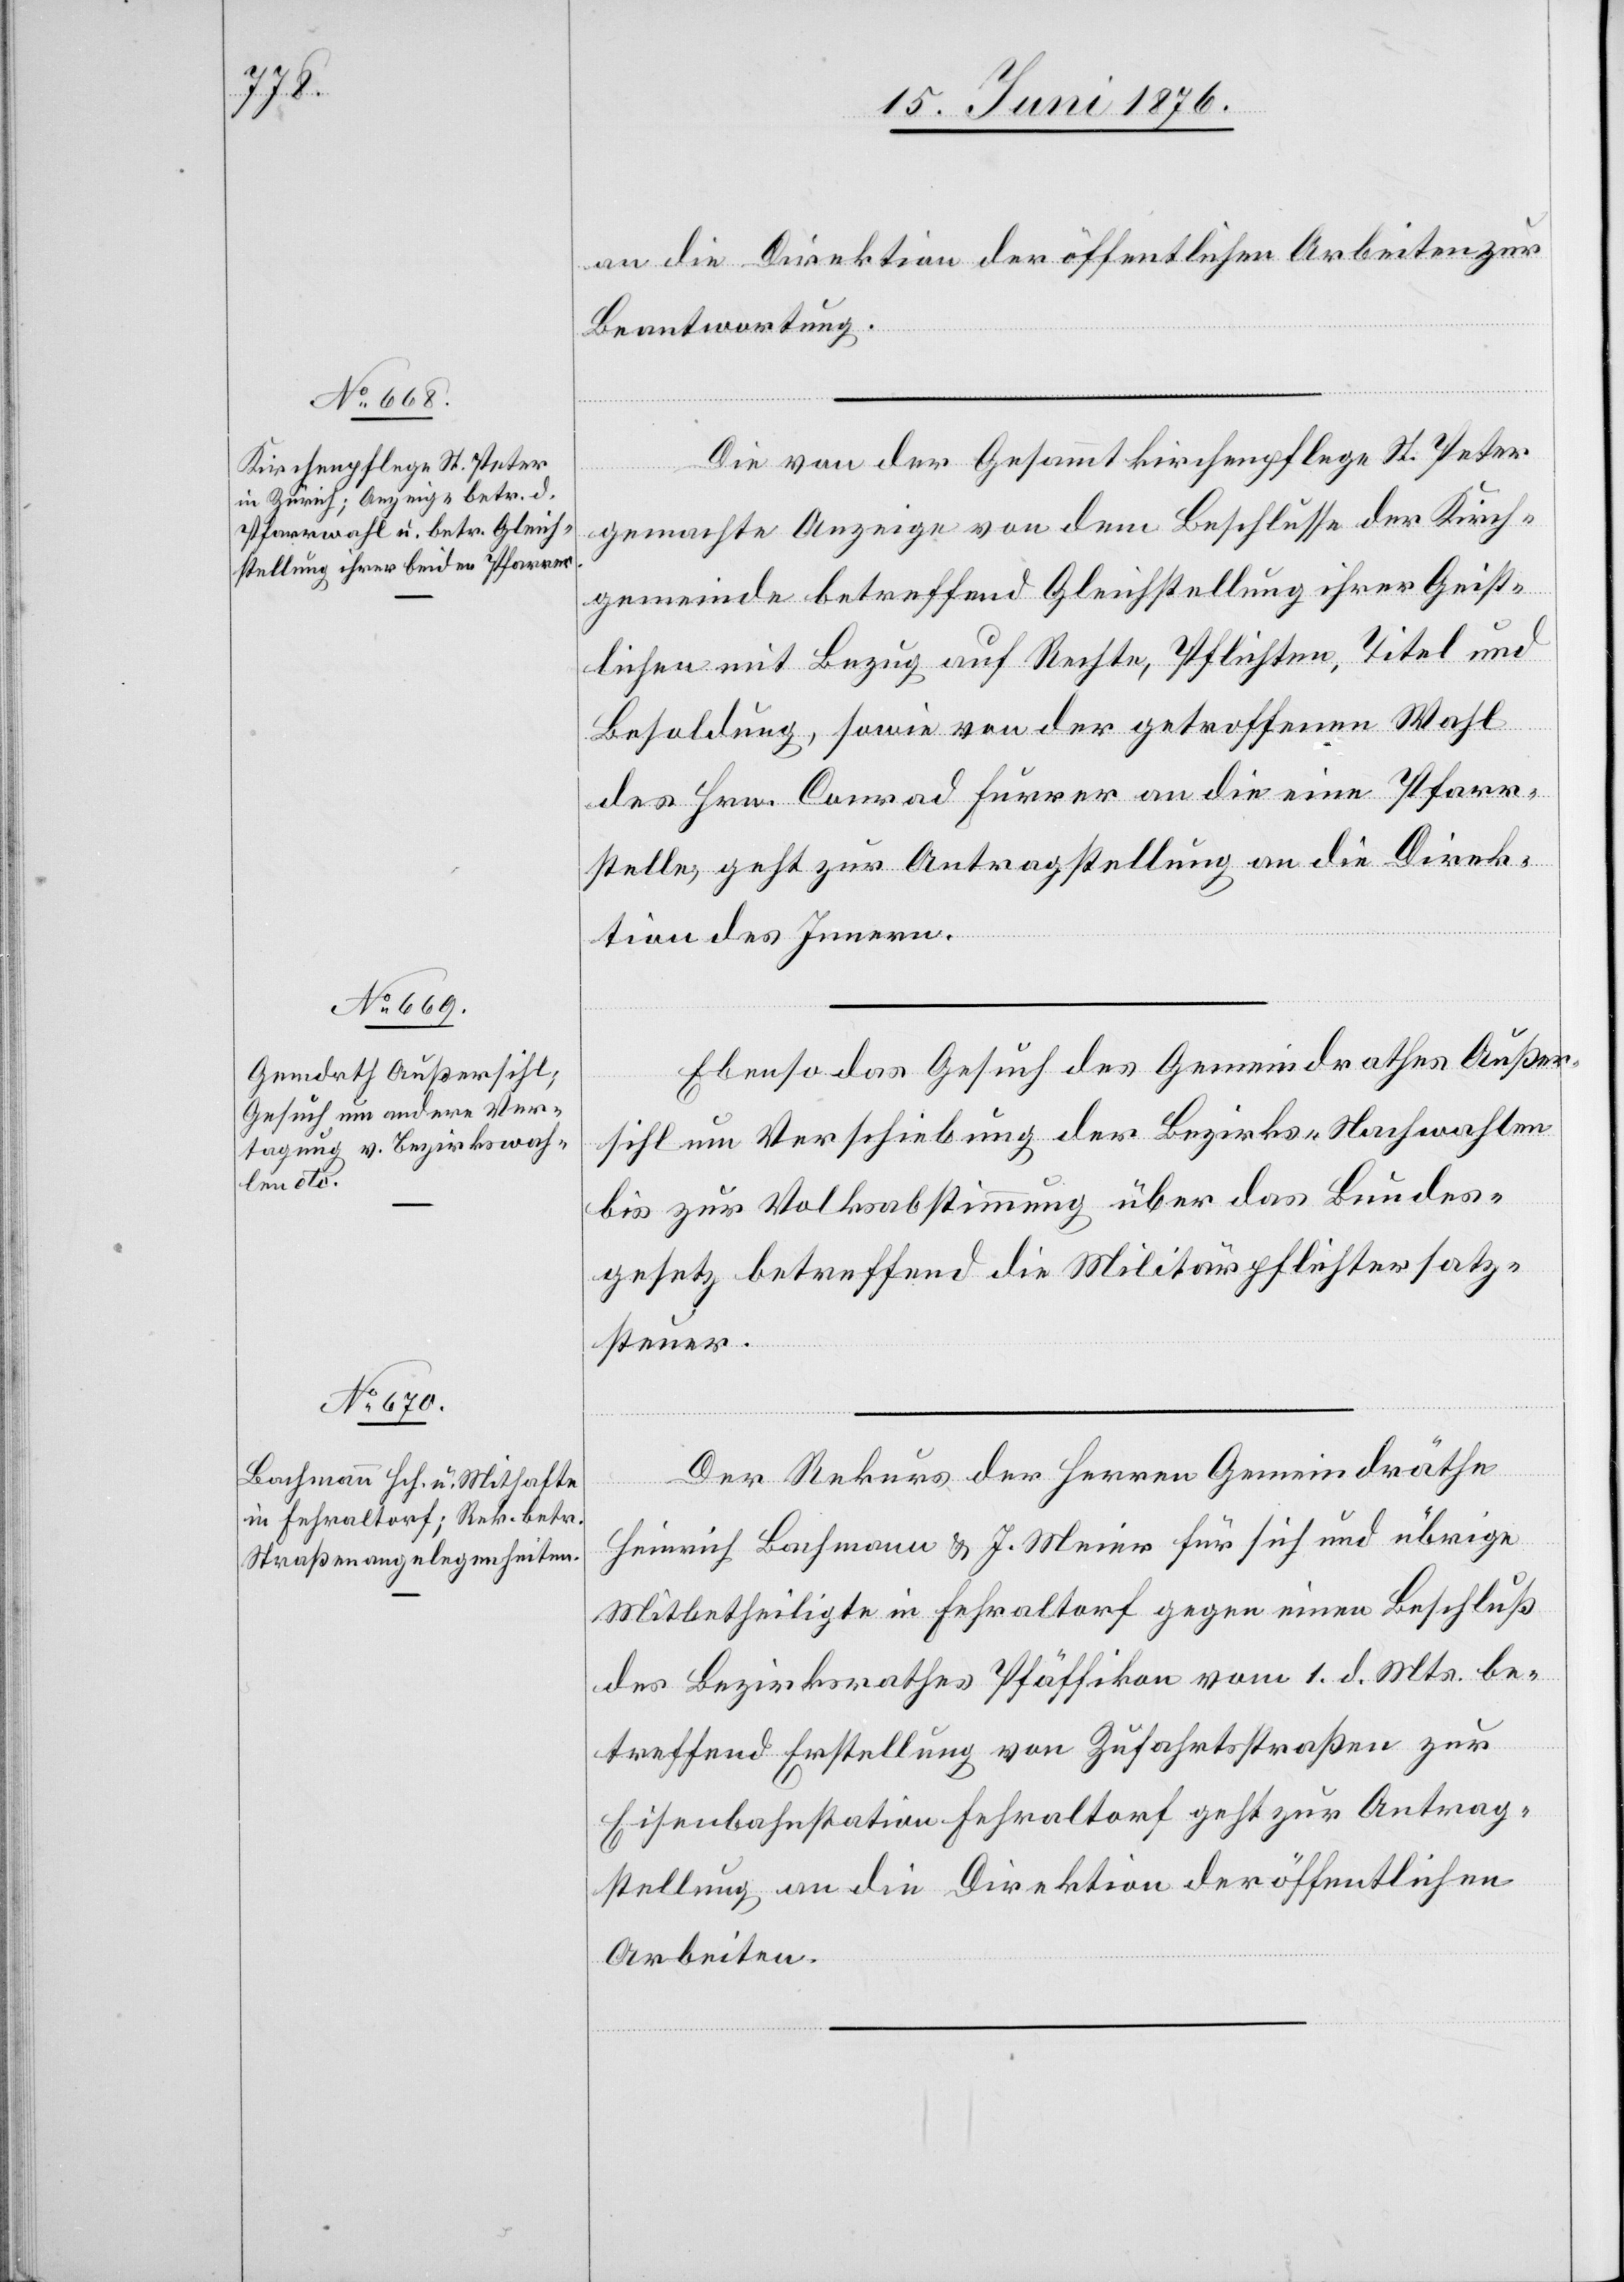
15. Juni 1876.]
an die Direktion der öffentlichen Arbeiten zur
Beantwortung.
Die von der Gesamtkirchenpflege St. Peter
[Fortsetzung
gemachte Anzeige von dem Beschlusse der Kirch¬
gemeinde betreffend Gleichstellung ihrer Geist¬
lichen mit Bezug auf Rechte, Pflichten, Titel und
Besoldung, sowie von der getroffenen Wahl
des Hrn. Conrad Furrer an die eine Pfarr¬
stelle, geht zur Antragstellung an die Direk¬
tion des Innern.
Ebenso das Gesuch des Gemeindrathes Außer¬
sihl um Verschiebung der Bezirks-Nachwahlen
bis zur Volksabstimmung über das Bundes¬
gesetz betreffend die Militärpflichtersatz¬
steuer.
Der Rekurs der Herren Gemeindräthe
Heinrich Bachmann & J. Meier für sich und übrige
Mitbetheiligte in Fehraltorf gegen einen Beschluß
des Bezirksrathes Pfäffikon vom 1. d. Mts. be¬
treffend Erstellung von Zufahrtsstraßen zur
Eisenbahnstation Fehraltorf geht zur Antrag¬
stellung an die Direktion der öffentlichen
Arbeiten.